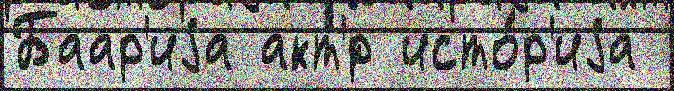
Баар'иjа акт'́р исто́р'иjа